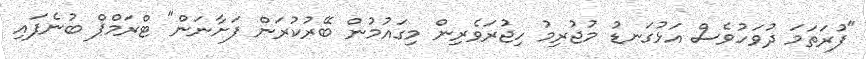
"ފުރަތަމަ ދުވަހުވެސް އަޅުގަނޑު މުޖުރިމު ހިޖުރަވެރިން މިގައުމުން ބޭރުކުރަން ފަށާނަން" ޓްރަމްޕް ބުނެފައި